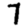
Digit: 7